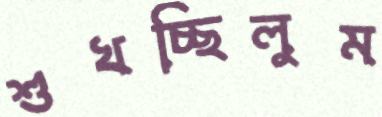
শুখচ্ছিলুম